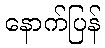
နောက်ပြန်